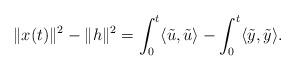
LaTeX: \begin{align*}\|x(t)\|^2 - \|h\|^2 = \int_0^t \langle \tilde{u}, \tilde{u} \rangle - \int_0^t \langle \tilde{y}, \tilde{y} \rangle.\end{align*}